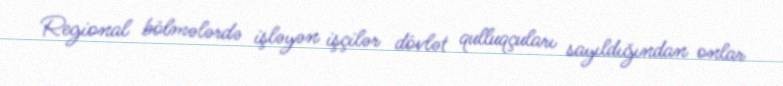
Regional bölmələrdə işləyən işçilər dövlət qulluqçuları sayıldığından onlar